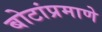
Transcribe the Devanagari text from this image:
बोटांप्रमाणे